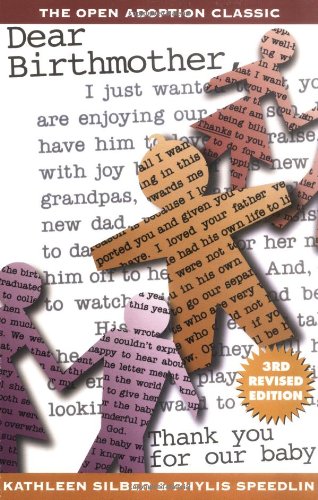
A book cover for Dear Birthmother; Kathleen Silber; Parenting & Relationships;